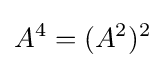
A^{4}=(A^{2})^{2}